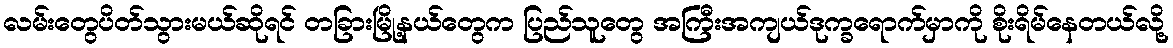
လမ်းတွေပိတ်သွားမယ်ဆိုရင် တခြားမြို့နယ်တွေက ပြည်သူတွေ အကြီးအကျယ်ဒုက္ခရောက်မှာကို စိုးရိမ်နေတယ်လို့